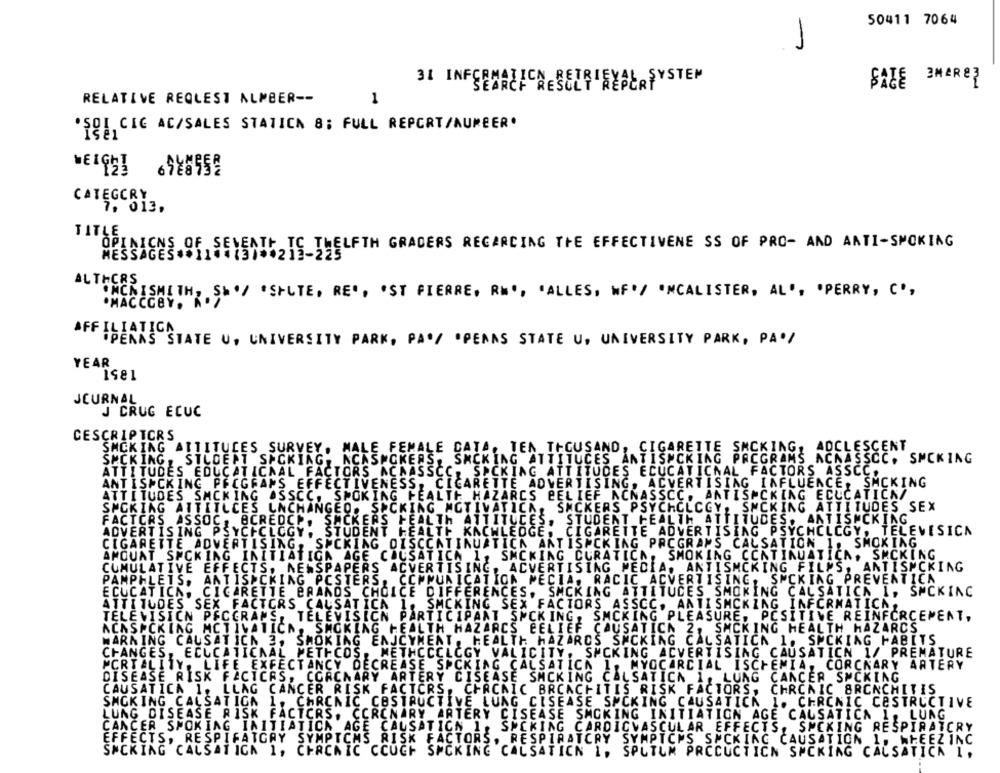
50411 7064
31 INFORMATION RETRIEVAL SYSTEM
SALE
3MARE?
RELATIVE REQUEST ALMBER --
1
'SCI CIG AC/SALES STATICA 8; FULL REPORT/NUMBER.
EN
CATEGORY
7, 013,
TITLE.
OPINIONS OF SEVENTH TC THELFTH GRADERS REGARDING THE EFFECTIVENE SS OF PRO- AND ANTI-SMOKING
ALTHCRS
INCNISMITH, S'/ ' SILTE, RE", "ST PIERRE, RM', 'ALLES, WE'/ 'MCALISTER, AL', 'PERRY, C',
. MACCCBY.
AFFILIATICA
iPENAS STATE U, UNIVERSITY PARK, PA'/ 'PENAS STATE U. UNIVERSITY PARK, PA'/
YEAR
Is81
JOURNAL
J CRUG ECUC
CESCRIPTCRS
SMCKING ATTITUDES SURVEY. MALE FEMALE DATA, TEN THOUSAND, CIGARETTE SMOKING, ADCLESCENT
SMCKING
STUDENT SPCKING, NCASMOKERS, SMCKING ATTITUCES ANTISMOKING PROGRAMS ACNASSCC. SMCKING
ATTITUDES EDUCATICAAL FACTORS ACAASSCC, SPCKING ATTITUDES ECUCATICNAL FACTORS ASSCC.
ANTIS CKING PROGRAMS EFFECTIVENESS, CICARETTE ADVERTISING, ADVERTISING INFLUENCE, SMCKING
ATTITUDES SMCKING ASSCC, SMOKING FEALTE HAZARCS BELIEF ACNASSCC, ANTISPCKING ECUCATICK/
SPCKIAG ATTITLCES LACHANGED. SACKING MOTIVATICA, SMCKERS PSYCHOLOGY, SMCKING ATTITUDES SEX
ICKERS
HEALTH ATTITUCES, STUDENT HEALTH ATTITUDES.
ADVERTISING PSYCHOLOGY
STUDENT HEALTH KACHLEDGE, CIGARETTE ADVERTISING PSYCHOLOGY, TELEVESICA
SPCKING DISCCATINUATICA ANTISPCKING PROGRAMS CALSATION_1, SMOKING
AMOUAT SPCKING INITIATIGA AGE CAUSATICA 1, SMCKING CURATICA, SMOKING CONTINUATICA, SMCKING
CUMULATIVE EFFECTS, NEWSPAPERS ADVERTISING, ADVERTISING MEDIA, ANTISMCKING FILMS, ANTISMCKING
PAMPHLETS,
ANTIS CKING POSTERS, COMMUNICATION PECIA, RACIC ADVERTISING, SMCKING PREVENTICA
ECUCATICA. CIGARETTE BRANDS CHOICE DIFFERENCES. SMCKING ATTITUDES SMOKING CALSATICA I, SMCKING
ATTITUDES SEX FACTORS CAUSATICA 1, SMOKING SEX FACTORS ASSCC, ANTISMCKING INFORMATICA,
TELEVISION PECCRANS, TELEVISICN PARTICIPANT SICK ING,
SMCKING PLEASURE. POSITIVE REINFORCEMENT,
ACASPCKING MCTIVATICA, SMOKING HEALTH HAZARCS BELIEF CAUSATICA 2, SMCKING HEALTH HAZARCS
WARNING CAUSATICN 3, SMOKING ENJCYMEAT, HEALTH HAZARDS SACKING CALSATICA 1. SPCKING HABITS
CHANGES, ECUCATICAAL METHCOS, METHCCOLOGY VALICITY, SMCKING ADVERTISING CAUSATICN 1/ PREMATURE
MORTALITY, LIFE EXPECTANCY DECREASE SPCKING CALSATICA
1. MYCCARCIAL ISCHEMIA, CORCKARY ARTERY
DISEASE RISK FACTORS,
COACHARY ARTERY DISEASE SMCKING CALSATICA 1, LUNG CANCER SMCKING
CAUSATICA 1. LLAG CANCER RISK FACTORS,
CFACAIC BRCACHITIS RISK FACTORS, CHRONIC BRONCHITIS
SMOKING CALSATIGA
1. CHRONIC CASTRUCTIVE LUNG CISEASE SMCKING CAUSATICK 1. CHRONIC CESTRUCTIVE
LUNG DISEASE RISK FACTORS. CORONARY ARTERY CISEASE SMOKING INITIATION AGE CAUSATICA 1. LUNG
CANCER SMOKING INITIATICA AGE CAUSATION 1, SUCKING CARDIOVASCULAR EFFECTS, SMOKING RESPIRATORY
EFFECTS, RESPIFATGAY SYMPTOMS RISK FACTORS, RESPIRATORY SYMPTCIS S CKING CAUSATION 1, WEEEZINC
SNCKING CALSATIGA 1, CHRONIC COUGH SMOKING CALSATICN I, SPUTUM PRCCUCTICN SMCKING CAUSATICA 1,